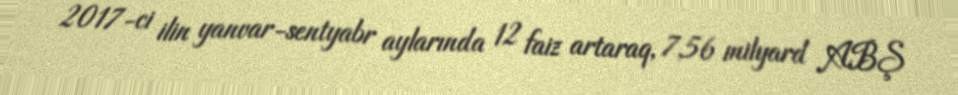
2017-ci ilin yanvar-sentyabr aylarında 12 faiz artaraq, 7,56 milyard ABŞ